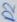
Text: D2